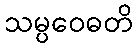
သမ္ပဝေဓတိ